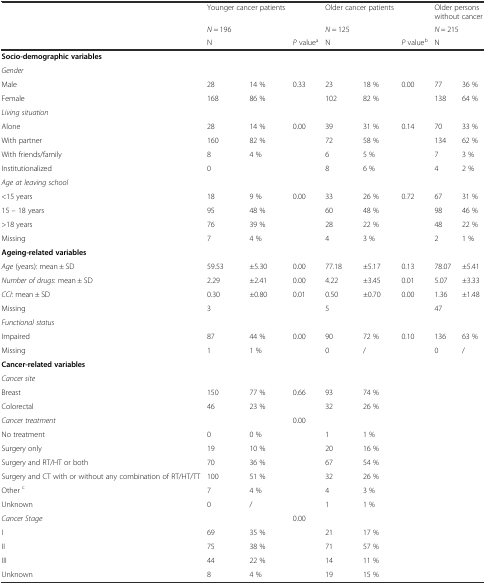
<table><thead><tr><td></td><td colspan="2"><b>Younger cancer patients</b></td><td></td><td colspan="2"><b>Older cancer patients</b></td><td></td><td colspan="2"><b>Older persons without cancer</b></td></tr><tr><td></td><td colspan="2"><b><i>N</i> = 196</b></td><td></td><td colspan="2"><b><i>N</i> = 125</b></td><td></td><td colspan="2"><b><i>N</i> = 215</b></td></tr><tr><td></td><td><b>N</b></td><td></td><td><b><i>P</i> value<sup>a</sup></b></td><td><b>N</b></td><td></td><td><b><i>P</i> value<sup>b</sup></b></td><td><b>N</b></td><td></td></tr></thead><tbody><tr><td><b>Socio-demographic variables</b></td><td></td><td></td><td></td><td></td><td></td><td></td><td></td><td></td></tr><tr><td><i>Gender</i></td><td></td><td></td><td></td><td></td><td></td><td></td><td></td><td></td></tr><tr><td>Male</td><td>28</td><td>14 %</td><td>0.33</td><td>23</td><td>18 %</td><td>0.00</td><td>77</td><td>36 %</td></tr><tr><td>Female</td><td>168</td><td>86 %</td><td></td><td>102</td><td>82 %</td><td></td><td>138</td><td>64 %</td></tr><tr><td><i>Living situation</i></td><td></td><td></td><td></td><td></td><td></td><td></td><td></td><td></td></tr><tr><td>Alone</td><td>28</td><td>14 %</td><td>0.00</td><td>39</td><td>31 %</td><td>0.14</td><td>70</td><td>33 %</td></tr><tr><td>With partner</td><td>160</td><td>82 %</td><td></td><td>72</td><td>58 %</td><td></td><td>134</td><td>62 %</td></tr><tr><td>With friends/family</td><td>8</td><td>4 %</td><td></td><td>6</td><td>5 %</td><td></td><td>7</td><td>3 %</td></tr><tr><td>Institutionalized</td><td>0</td><td></td><td></td><td>8</td><td>6 %</td><td></td><td>4</td><td>2 %</td></tr><tr><td><i>Age at leaving school</i></td><td></td><td></td><td></td><td></td><td></td><td></td><td></td><td></td></tr><tr><td>&lt;15 years</td><td>18</td><td>9 %</td><td>0.00</td><td>33</td><td>26 %</td><td>0.72</td><td>67</td><td>31 %</td></tr><tr><td>15 – 18 years</td><td>95</td><td>48 %</td><td></td><td>60</td><td>48 %</td><td></td><td>98</td><td>46 %</td></tr><tr><td>&gt;18 years</td><td>76</td><td>39 %</td><td></td><td>28</td><td>22 %</td><td></td><td>48</td><td>22 %</td></tr><tr><td>Missing</td><td>7</td><td>4 %</td><td></td><td>4</td><td>3 %</td><td></td><td>2</td><td>1 %</td></tr><tr><td><b>Ageing-related variables</b></td><td></td><td></td><td></td><td></td><td></td><td></td><td></td><td></td></tr><tr><td><i>Age</i> (years): mean ± SD</td><td>59.53</td><td>±5.30</td><td>0.00</td><td>77.18</td><td>±5.17</td><td>0.13</td><td>78.07</td><td>±5.41</td></tr><tr><td><i>Number of drugs</i>: mean ± SD</td><td>2.29</td><td>±2.41</td><td>0.00</td><td>4.22</td><td>±3.45</td><td>0.01</td><td>5.07</td><td>±3.33</td></tr><tr><td><i>CCI</i>: mean ± SD</td><td>0.30</td><td>±0.80</td><td>0.01</td><td>0.50</td><td>±0.70</td><td>0.00</td><td>1.36</td><td>±1.48</td></tr><tr><td>Missing</td><td>3</td><td></td><td></td><td>5</td><td></td><td></td><td>47</td><td></td></tr><tr><td><i>Functional status</i></td><td></td><td></td><td></td><td></td><td></td><td></td><td></td><td></td></tr><tr><td>Impaired</td><td>87</td><td>44 %</td><td>0.00</td><td>90</td><td>72 %</td><td>0.10</td><td>136</td><td>63 %</td></tr><tr><td>Missing</td><td>1</td><td>1 %</td><td></td><td>0</td><td>/</td><td></td><td>0</td><td>/</td></tr><tr><td><b>Cancer-related variables</b></td><td></td><td></td><td></td><td></td><td></td><td></td><td></td><td></td></tr><tr><td><i>Cancer site</i></td><td></td><td></td><td></td><td></td><td></td><td></td><td></td><td></td></tr><tr><td>Breast</td><td>150</td><td>77 %</td><td>0.66</td><td>93</td><td>74 %</td><td></td><td></td><td></td></tr><tr><td>Colorectal</td><td>46</td><td>23 %</td><td></td><td>32</td><td>26 %</td><td></td><td></td><td></td></tr><tr><td><i>Cancer treatment</i></td><td></td><td></td><td>0.00</td><td></td><td></td><td></td><td></td><td></td></tr><tr><td>No treatment</td><td>0</td><td>0 %</td><td></td><td>1</td><td>1 %</td><td></td><td></td><td></td></tr><tr><td>Surgery only</td><td>19</td><td>10 %</td><td></td><td>20</td><td>16 %</td><td></td><td></td><td></td></tr><tr><td>Surgery and RT/HT or both</td><td>70</td><td>36 %</td><td></td><td>67</td><td>54 %</td><td></td><td></td><td></td></tr><tr><td>Surgery and CT with or without any combination of RT/HT/TT</td><td>100</td><td>51 %</td><td></td><td>32</td><td>26 %</td><td></td><td></td><td></td></tr><tr><td>Other <sup>c</sup></td><td>7</td><td>4 %</td><td></td><td>4</td><td>3 %</td><td></td><td></td><td></td></tr><tr><td>Unknown</td><td>0</td><td>/</td><td></td><td>1</td><td>1 %</td><td></td><td></td><td></td></tr><tr><td><i>Cancer Stage</i></td><td></td><td></td><td>0.00</td><td></td><td></td><td></td><td></td><td></td></tr><tr><td>I</td><td>69</td><td>35 %</td><td></td><td>21</td><td>17 %</td><td></td><td></td><td></td></tr><tr><td>II</td><td>75</td><td>38 %</td><td></td><td>71</td><td>57 %</td><td></td><td></td><td></td></tr><tr><td>III</td><td>44</td><td>22 %</td><td></td><td>14</td><td>11 %</td><td></td><td></td><td></td></tr><tr><td>Unknown</td><td>8</td><td>4 %</td><td></td><td>19</td><td>15 %</td><td></td><td></td><td></td></tr></tbody></table>